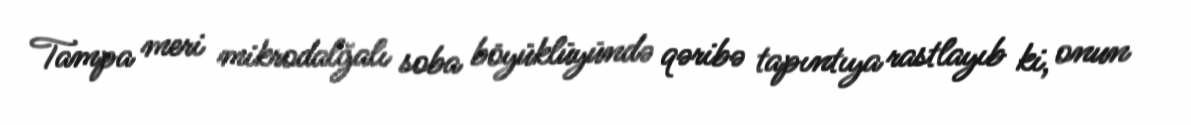
Tampa meri mikrodalğalı soba böyüklüyündə qəribə tapıntıya rastlayıb ki, onun